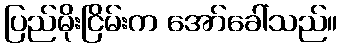
ပြည်မိုးငြိမ်းက အော်ခေါ်သည်။